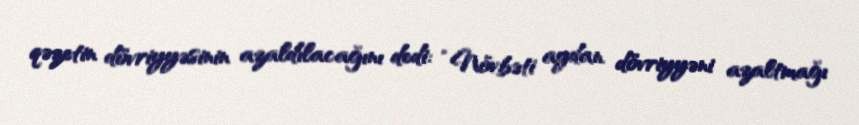
qəzetin dövriyyəsinin azaldılacağını dedi: “Növbəti aydan dövriyyəni azaltmağı